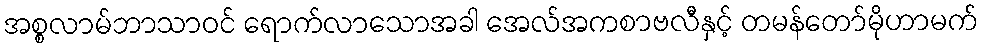
အစ္စလာမ်ဘာသာဝင် ရောက်လာသောအခါ အေလ်အကစာဗလီနှင့် တမန်တော်မိုဟာမက်